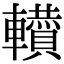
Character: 𨏘